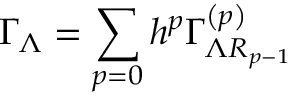
\Gamma _ { \Lambda } = \sum _ { p = 0 } h ^ { p } \Gamma _ { \Lambda R _ { p - 1 } } ^ { \left( p \right) }